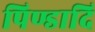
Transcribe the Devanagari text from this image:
पिण्डादि